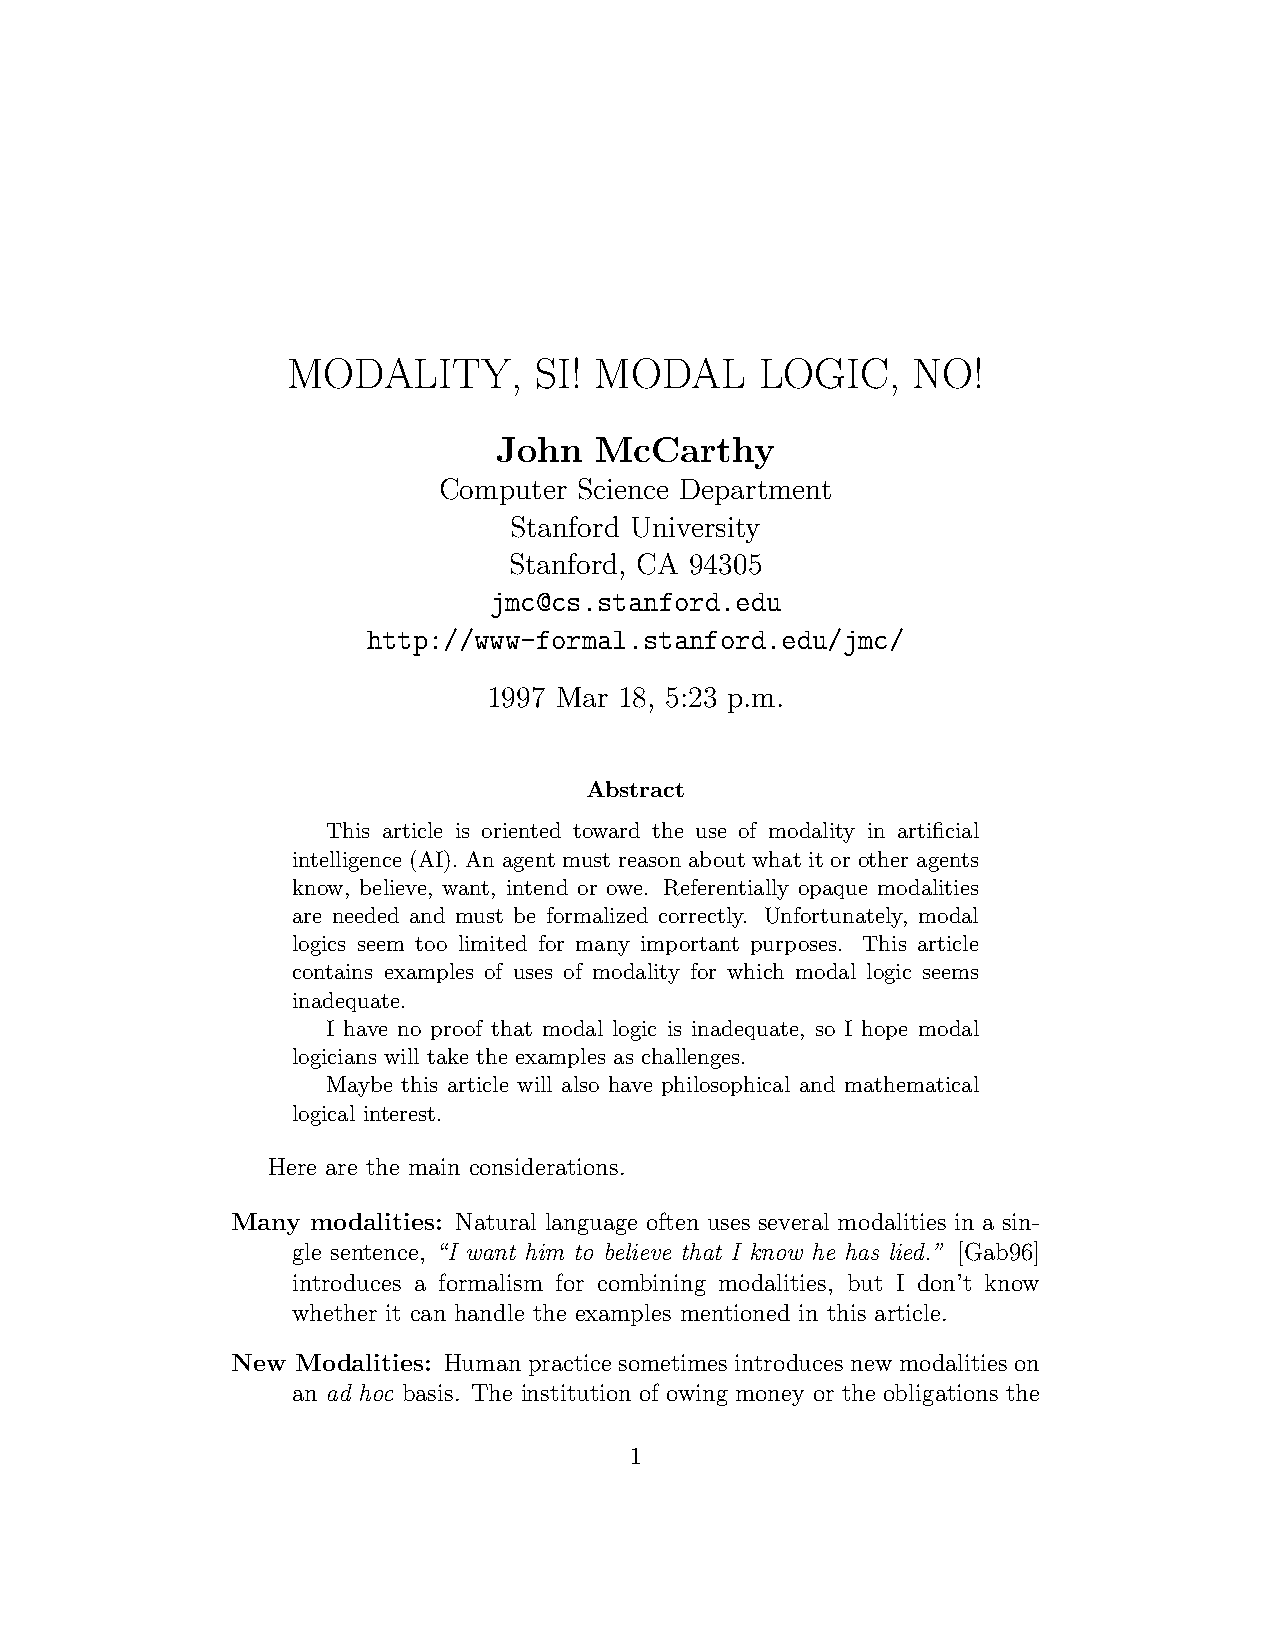
MODALITY,       SI! MODAL      LOGIC,    NO!
 John  McCarthy
 Computer Science Department
 Stanford University
 Stanford, CA 94305
 jmc@cs.stanford.edu
 http://www-formal.stanford.edu/jmc/
 1997 Mar 18, 5:23 p.m.
 Abstract
 This article is oriented toward the use of modality in artificial
 intelligence (AI). An agent must reason about what it or other agents
 know, believe, want, intend or owe. Referentially opaque modalities
 are needed and must be formalized correctly. Unfortunately, modal
 logics seem too limited for many important purposes. This article
 contains examples of uses of modality for which modal logic seems
 inadequate.
 I have no proof that modal logic is inadequate, so I hope modal
 logicians will take the examples as challenges.
 Maybe this article will also have philosophical and mathematical
 logical interest.
 Here are the main considerations.
 Many  modalities: Natural language often uses several modalities in a sin-
 gle sentence, “I want him to believe that I know he has lied.” [Gab96]
 introduces a formalism for combining modalities, but I don’t know
 whether it can handle the examples mentioned in this article.
 New  Modalities: Human practice sometimes introduces new modalities on
 an ad hoc basis. The institution of owing money or the obligations the
 1